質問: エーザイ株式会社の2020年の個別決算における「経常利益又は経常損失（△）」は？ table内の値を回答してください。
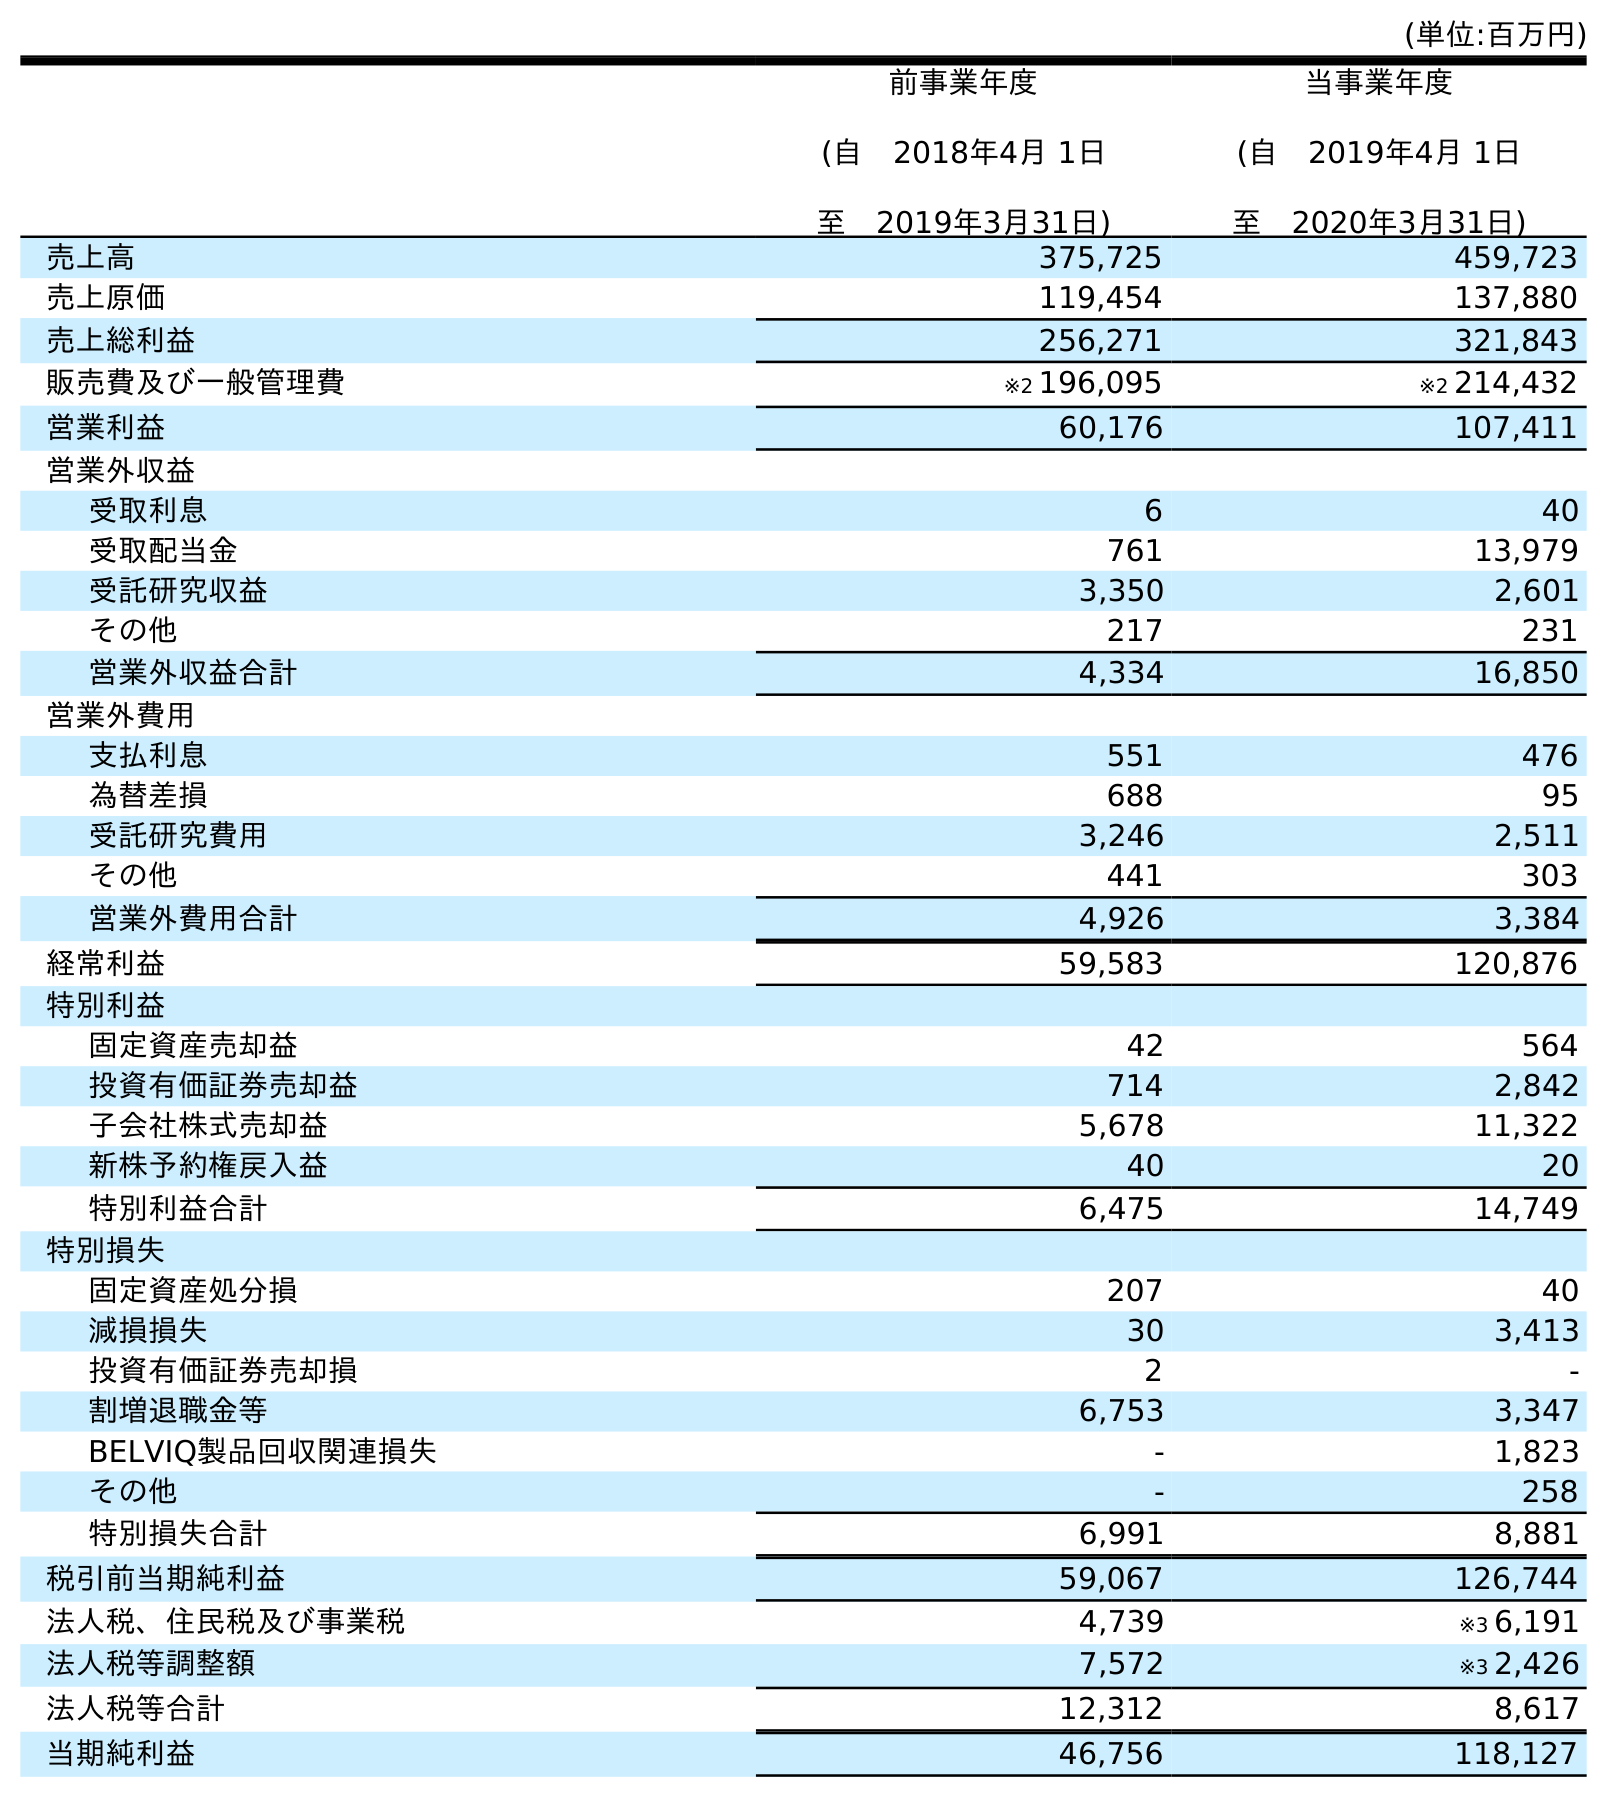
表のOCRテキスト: (単位:百万円) 前事業年度 (自 2018年4月 1日 至 2019年3月31日) 当事業年度 (自 2019年4月 1日 至 2020年3月31日) 売上高 375,725 459,723 売上原価 119,454 137,880 売上総利益 256,271 321,843 販売費及び一般管理費 ※2 196,095 ※2 214,432 営業利益 60,176 107,411 営業外収益 受取利息 6 40 受取配当金 761 13,979 受託研究収益 3,350 2,601 その他 217 231 営業外収益合計 4,334 16,850 営業外費用 支払利息 551 476 為替差損 688 95 受託研究費用 3,246 2,511 その他 441 303 営業外費用合計 4,926 3,384 経常利益 59,583 120,876 特別利益 固定資産売却益 42 564 投資有価証券売却益 714 2,842 子会社株式売却益 5,678 11,322 新株予約権戻入益 40 20 特別利益合計 6,475 14,749 特別損失 固定資産処分損 207 40 減損損失 30 3,413 投資有価証券売却損 2 - 割増退職金等 6,753 3,347 BELVIQ製品回収関連損失 - 1,823 その他 - 258 特別損失合計 6,991 8,881 税引前当期純利益 59,067 126,744 法人税、住民税及び事業税 4,739 ※3 6,191 法人税等調整額 7,572 ※3 2,426 法人税等合計 12,312 8,617 当期純利益 46,756 118,127
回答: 120,876